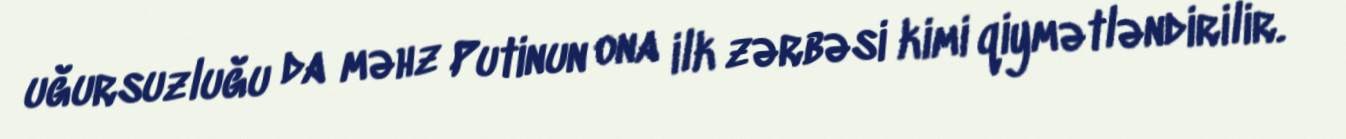
uğursuzluğu da məhz Putinun ona ilk zərbəsi kimi qiymətləndirilir.